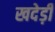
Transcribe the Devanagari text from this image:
खदेड़ी